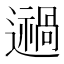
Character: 𨘌